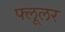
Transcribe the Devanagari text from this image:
फ्लूलर